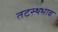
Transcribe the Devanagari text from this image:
तटस्थभाव